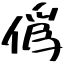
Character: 僞